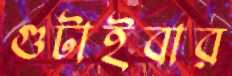
গুটাইবার